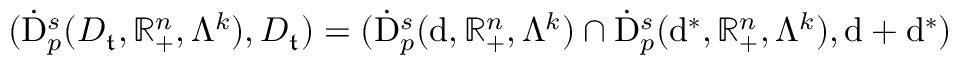
\begin{array} { r } { ( \dot { \mathrm { D } } _ { p } ^ { s } ( D _ { \mathfrak { t } } , \mathbb { R } _ { + } ^ { n } , \Lambda ^ { k } ) , D _ { \mathfrak { t } } ) = ( \dot { \mathrm { D } } _ { p } ^ { s } ( \mathrm { d } , \mathbb { R } _ { + } ^ { n } , \Lambda ^ { k } ) \cap \dot { \mathrm { D } } _ { p } ^ { s } ( \mathrm { d } ^ { \ast } , \mathbb { R } _ { + } ^ { n } , \Lambda ^ { k } ) , \mathrm { d } + \mathrm { d } ^ { \ast } ) } \end{array}